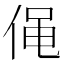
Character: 𠊟